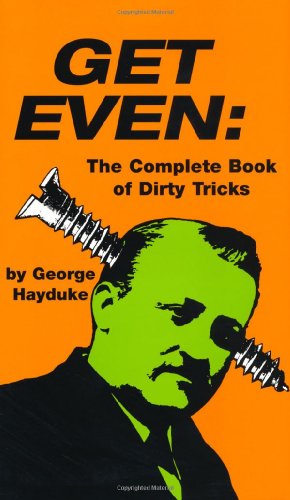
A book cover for Get Even: The Complete Book Of Dirty Tricks; George Hayduke; Humor & Entertainment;